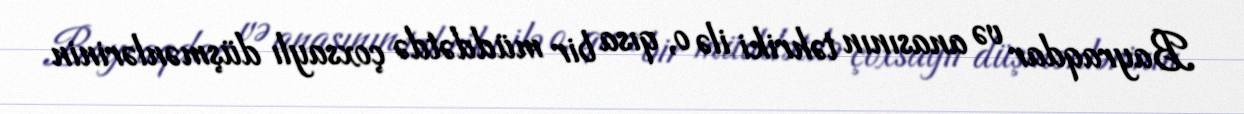
Bayraqdar və anasının təhriki ilə o, qısa bir müddətdə çoxsaylı düşmənlərinin